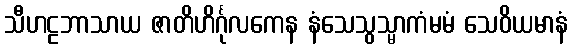
သီဟဠဘာသာယ ဇာတိဟိင်္ဂုလကေန နံသေသွသ္မာကံမမံ သေဝိယမာနံ